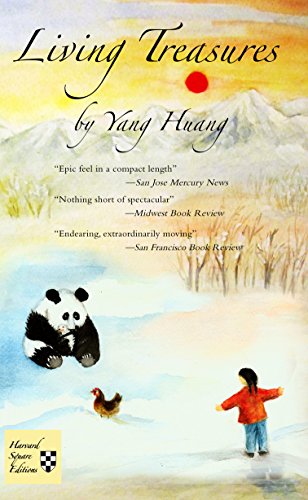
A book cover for Living Treasures; Yang Huang; Literature & Fiction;